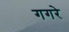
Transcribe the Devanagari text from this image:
गगरे